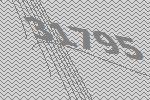
31795